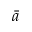
\bar { a }